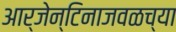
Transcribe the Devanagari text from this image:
आर्जेन्टिनाजवळच्या